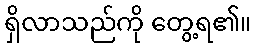
ရှိလာသည်ကို တွေ့ရ၏။